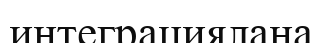
интеграциялана